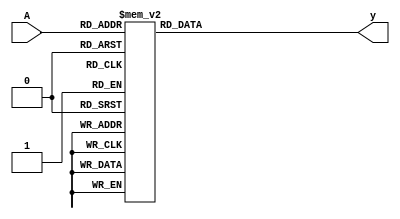


module seven_segment_display (A,y);

input [3:0] A;
output [6:0]y;

wire [3:0] A;
reg [6:0] y;


always @(A)
begin

case (A)

4'h0: y<= 7'b1000000;
4'h1: y<= 7'b1111100;
4'h2: y<= 7'b0100100;
4'h3: y<= 7'b0100100;
4'h4: y<= 7'b0110000;
4'h5: y<= 7'b0010010;
4'h6: y<= 7'b0000011;
4'h7: y<= 7'b1111000;
4'h8: y<= 7'b0000000;
4'h9: y<= 7'b0010000;
4'hA: y<= 7'b1000000;
4'hB: y<= 7'b0000011;
4'hC: y<= 7'b1000110;
4'hD: y<= 7'b0100001;
4'hE: y<= 7'b0000110;
4'hF: y<= 7'b0001110;

endcase 

end 


endmodule